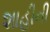
શાહીની